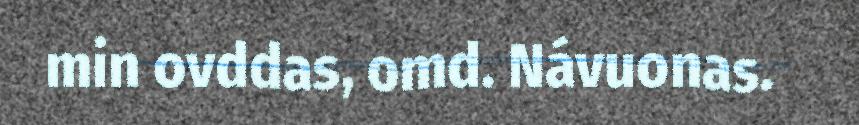
min ovddas, omd. Návuonas.